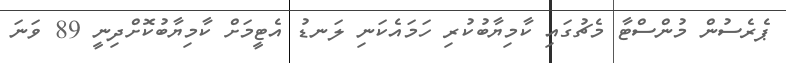
ޕެރެސުން މުންސްޓާ މެޗުގައި ކާމިޔާބުކުރި ހަމައެކަނި ލަނޑު އެޓީމަށް ކާމިޔާބުކޮށްދިނީ 89 ވަނަ